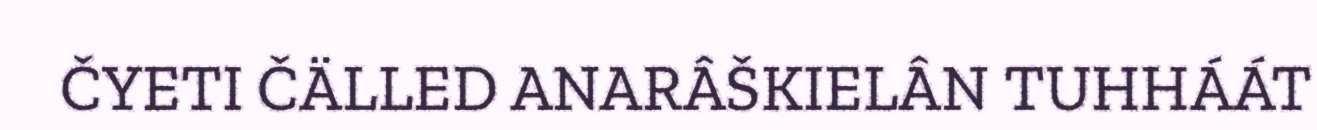
ČYETI ČÄLLED ANARÂŠKIELÂN TUHHÁÁT